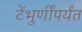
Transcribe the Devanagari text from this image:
टेंभुर्णींपर्यंत